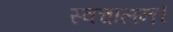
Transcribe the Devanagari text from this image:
स्वचालन।